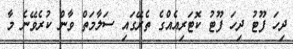
ދިހަ ފޫޓު ދިހަ ފޫޓު ކޮޓަރިއެއްގެ ތެރޭގައި ސަލާމަތް ވާން ކުރެވޭނެ މާ